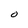
Character: O